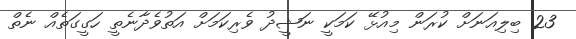
23 ބިލިއަނަށް ކުރަން މިއުޅޭ ކަމަކީ ނަޝީދު ވެރިކަމަށް އަތުވެދާނެތީ ހަގީގަތެއް ނެތް